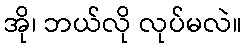
အို၊ ဘယ်လို လုပ်မလဲ။